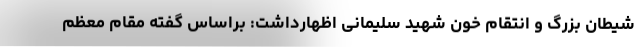
شیطان بزرگ و انتقام خون شهید سلیمانی اظهارداشت: براساس گفته مقام معظم